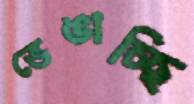
ভেঙাচ্ছি